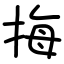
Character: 挴